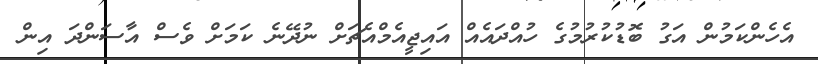
އެހެންކަމުން އަގު ބޮޑުކުރުމުގެ ހުއްދައެއް އައިޖީއެމްއެޗަށް ނުދޭނެ ކަމަށް ވެސް އާސަންދަ އިން